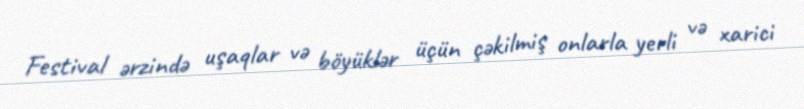
Festival ərzində uşaqlar və böyüklər üçün çəkilmiş onlarla yerli və xarici